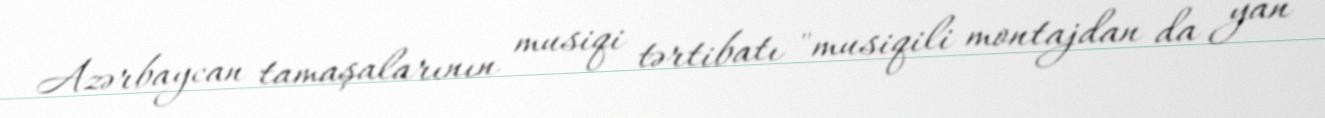
Azərbaycan tamaşalarının musiqi tərtibatı "musiqili montajdan da yan